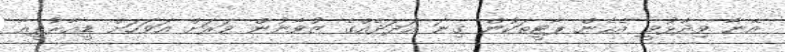
އޭނާ ވިދާޅުވީ އެހެން ޕާޓީތަކުން ގިނަ އަދަދެއްގެ ޒުވާނުން ވަރަށް އަވަހަށް ޑީއާރުޕީއާ